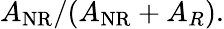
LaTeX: A_{\mathrm{NR}}/(A_{\mathrm{NR}}+A_{R}).